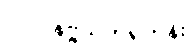
(၂) ပုနဗ္ဗသုကရဟန်း၊